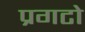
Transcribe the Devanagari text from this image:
प्रगटो